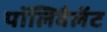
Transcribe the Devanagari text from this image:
पॉलिवैलेंट